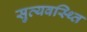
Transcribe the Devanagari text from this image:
सुव्यवस्थ्ति